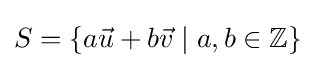
S=\{a{\vec {u}}+b{\vec {v}}\mid a,b\in \mathbb {Z} \}